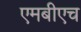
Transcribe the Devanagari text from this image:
एमबीएच